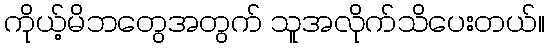
ကိုယ့်မိဘတွေအတွက် သူအလိုက်သိပေးတယ်။